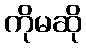
ကိုမဆို